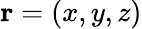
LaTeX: {\mathbf r}=(x,y,z)